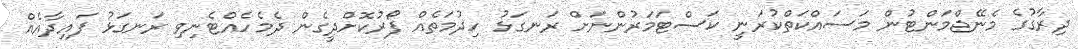
ދިރާގުގެ މެނޭޖްމަންޓުން މަސައްކަތްކުރަނީ ކަސްޓަމަރުންނަށް ރަނގަޅު ހިދުމަތެއް ފޯރުކޮށްދީގެން ދެމެހެއްޓެނިވި ރަނގަޅު ފައިދާއެއް